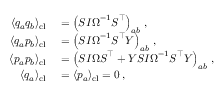
\begin{array} { r l } { \langle q _ { a } q _ { b } \rangle _ { \mathrm { c l } } } & { { } = \left( \boldsymbol { S } \boldsymbol { I } \boldsymbol { \Omega } ^ { - 1 } \boldsymbol { S } ^ { \intercal } \right) _ { a b } \, , } \\ { \langle q _ { a } p _ { b } \rangle _ { \mathrm { c l } } } & { { } = \left( \boldsymbol { S } \boldsymbol { I } \boldsymbol { \Omega } ^ { - 1 } \boldsymbol { S } ^ { \intercal } \boldsymbol { Y } \right) _ { a b } \, , } \\ { \langle p _ { a } p _ { b } \rangle _ { \mathrm { c l } } } & { { } = \left( \boldsymbol { S } \boldsymbol { I } \boldsymbol { \Omega } \boldsymbol { S } ^ { \intercal } + \boldsymbol { Y } \boldsymbol { S } \boldsymbol { I } \boldsymbol { \Omega } ^ { - 1 } \boldsymbol { S } ^ { \intercal } \boldsymbol { Y } \right) _ { a b } \, , } \\ { \langle q _ { a } \rangle _ { \mathrm { c l } } } & { { } = \langle p _ { a } \rangle _ { \mathrm { c l } } = 0 \, , } \end{array}